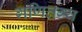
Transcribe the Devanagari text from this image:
गणितग्य